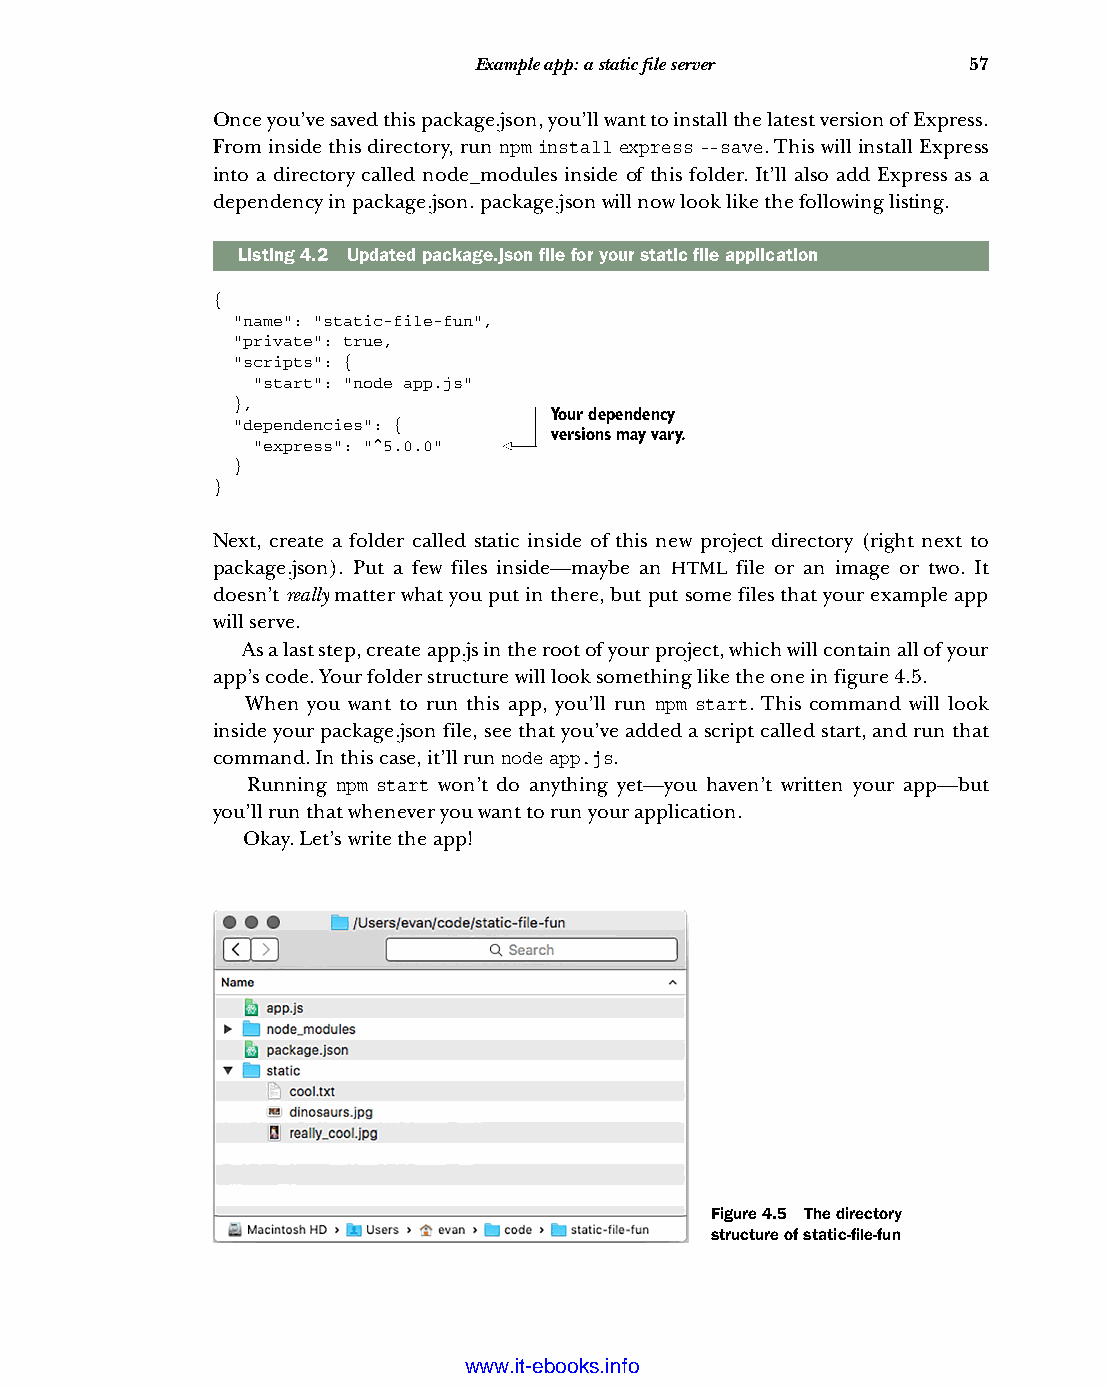
Example app: a static file server 57
 Once you’ve saved this package.json, you’ll want to install the latest version of Express.
 From inside this directory, run npm install express --save. This will install Express
 into a directory called node_modules inside of this folder. It’ll also add Express as a
 dependency in package.json. package.json will now look like the following listing.
 Listing4.2 Updated package.json file for your static file application
 {
 "name": "static-file-fun",
 "private": true,
 "scripts": {
 "start": "node app.js"
 },
 Your dependency
 "dependencies": {
 versions may vary.
 "express": "^5.0.0"
 }
 }
 Next, create a folder called static inside of this new project directory (right next to
 package.json). Put a few files inside—maybe an HTML file or an image or two. It
 doesn’t really matter what you put in there, but put some files that your example app
 will serve.
 As a last step, create app.js in the root of your project, which will contain all of your
 app’s code. Your folder structure will look something like the one in figure 4.5.
 When you want to run this app, you’ll run npm start. This command will look
 inside your package.json file, see that you’ve added a script called start, and run that
 command. In this case, it’ll run node app.js.
 Running npm start won’t do anything yet—you haven’t written your app—but
 you’ll run that whenever you want to run your application.
 Okay. Let’s write the app!
 Figure 4.5 The directory
 structure of static-file-fun
 Licensed wtow w <.mit-ielebro.8o8k8s@.ingfomail.com>